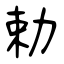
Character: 勅